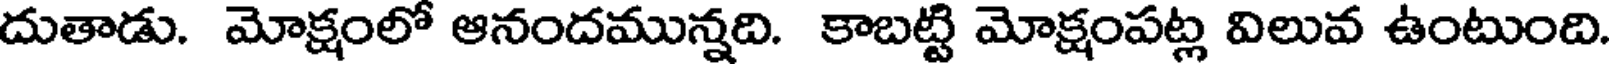
దుతాడు. మోక్షంలో ఆనందమున్నది. కాబట్టి మోక్షంపట్ల విలువ ఉంటుంది.